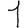
Digit: 1